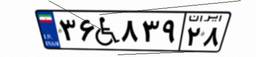
۳۶W۸۳۹۲۸